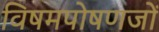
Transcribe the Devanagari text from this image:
विषमपोषणजों